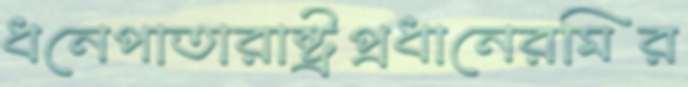
ধনেপাতারাষ্ট্রপ্রধানেরমির